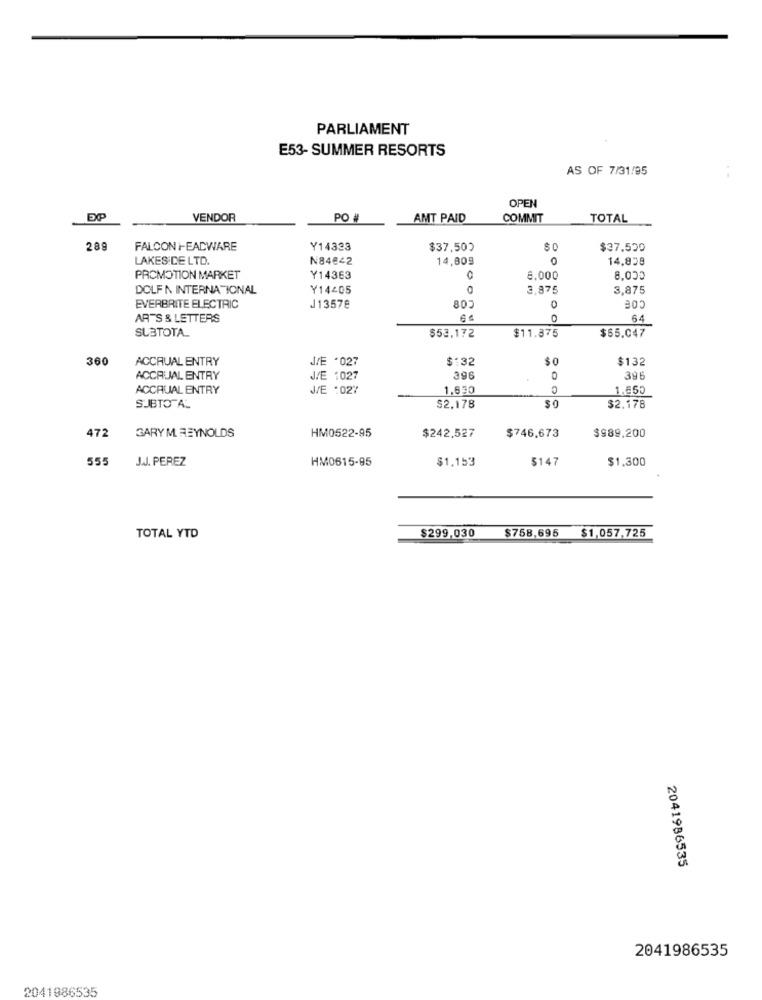
PARLIAMENT
E53- SUMMER RESORTS
AS OF 7/31/95
OPEN
VENDOR
PO #
AMT PAID
COMMIT
TOTAL
289
FALCON I-EADWARE
Y14333
$37,50)
$37.500
LAKESIDE LTD.
N84€42
14,809
0
14,839
PROMOTION MARKET
Y14363
8.000
8.050
DOLF N INTERNATIONAL
Y14405
3,875
3,875
COE
0
EVERBRITE ELECTRIC
J13578
80
ARTS & LETTERS
6 ª
64
SUBTOTAL
$11.875
$53,172
$65.047
360
ACCRUAL ENTRY
JE .027
$132
$ 0
$132
ACCRUJAL ENTRY
J/E 1027
396
0
396
ACCRUAL ENTRY
J/E :027
1,630
1.650
SUBTOTAL
$2,178
09
$2.178
GARY M. REYNOLDS
472
HM0522-95
$242,527
$746,673
$989,200
555
J.J. PEREZ
HM0615-85
$1,153
$147
$1,300
$758,695
$1,057,725
TOTAL YTD
$299,030
2041986535
2041986535
2041986535